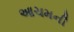
આચમની